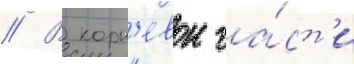
// В корн'евои ча́ст'и